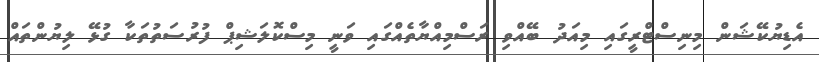
އެޑިޔުކޭޝަން މިނިސްޓްރީގައި މިއަދު ބޭއްވި ރަސްމިއްޔާތެއްގައި ވަނީ މިސްކޮލަޝިޕް ފުރުސަތުތަކާ ގުޅޭ ލިޔުންތައް